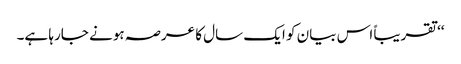
‘‘ تقریباً اس بیان کو ایک سال کا عرصہ ہونے جارہا ہے۔